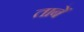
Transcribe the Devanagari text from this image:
ताबें